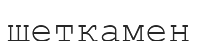
щеткамен